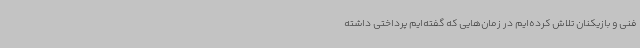
فنی و بازیکنان تلاش کرده‌ایم در زمان‌هایی که گفته‌ایم پرداختی داشته